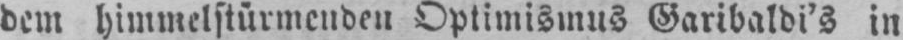
dem himmelstürmenden Optimismus Garibaldi’s in